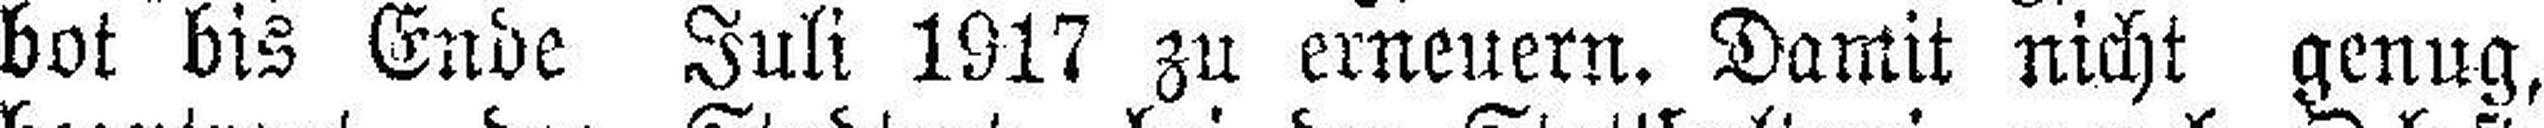
bot bis Ende Juli 1917 zu erneuern. Damit nicht genug,